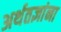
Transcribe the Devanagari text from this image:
अर्थतज्ञांना